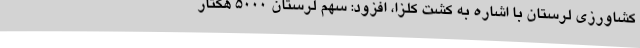
کشاورزی لرستان با اشاره به کشت کلزا، افزود: سهم لرستان 5000 هکتار